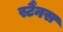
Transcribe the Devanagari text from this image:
स्टैंनस